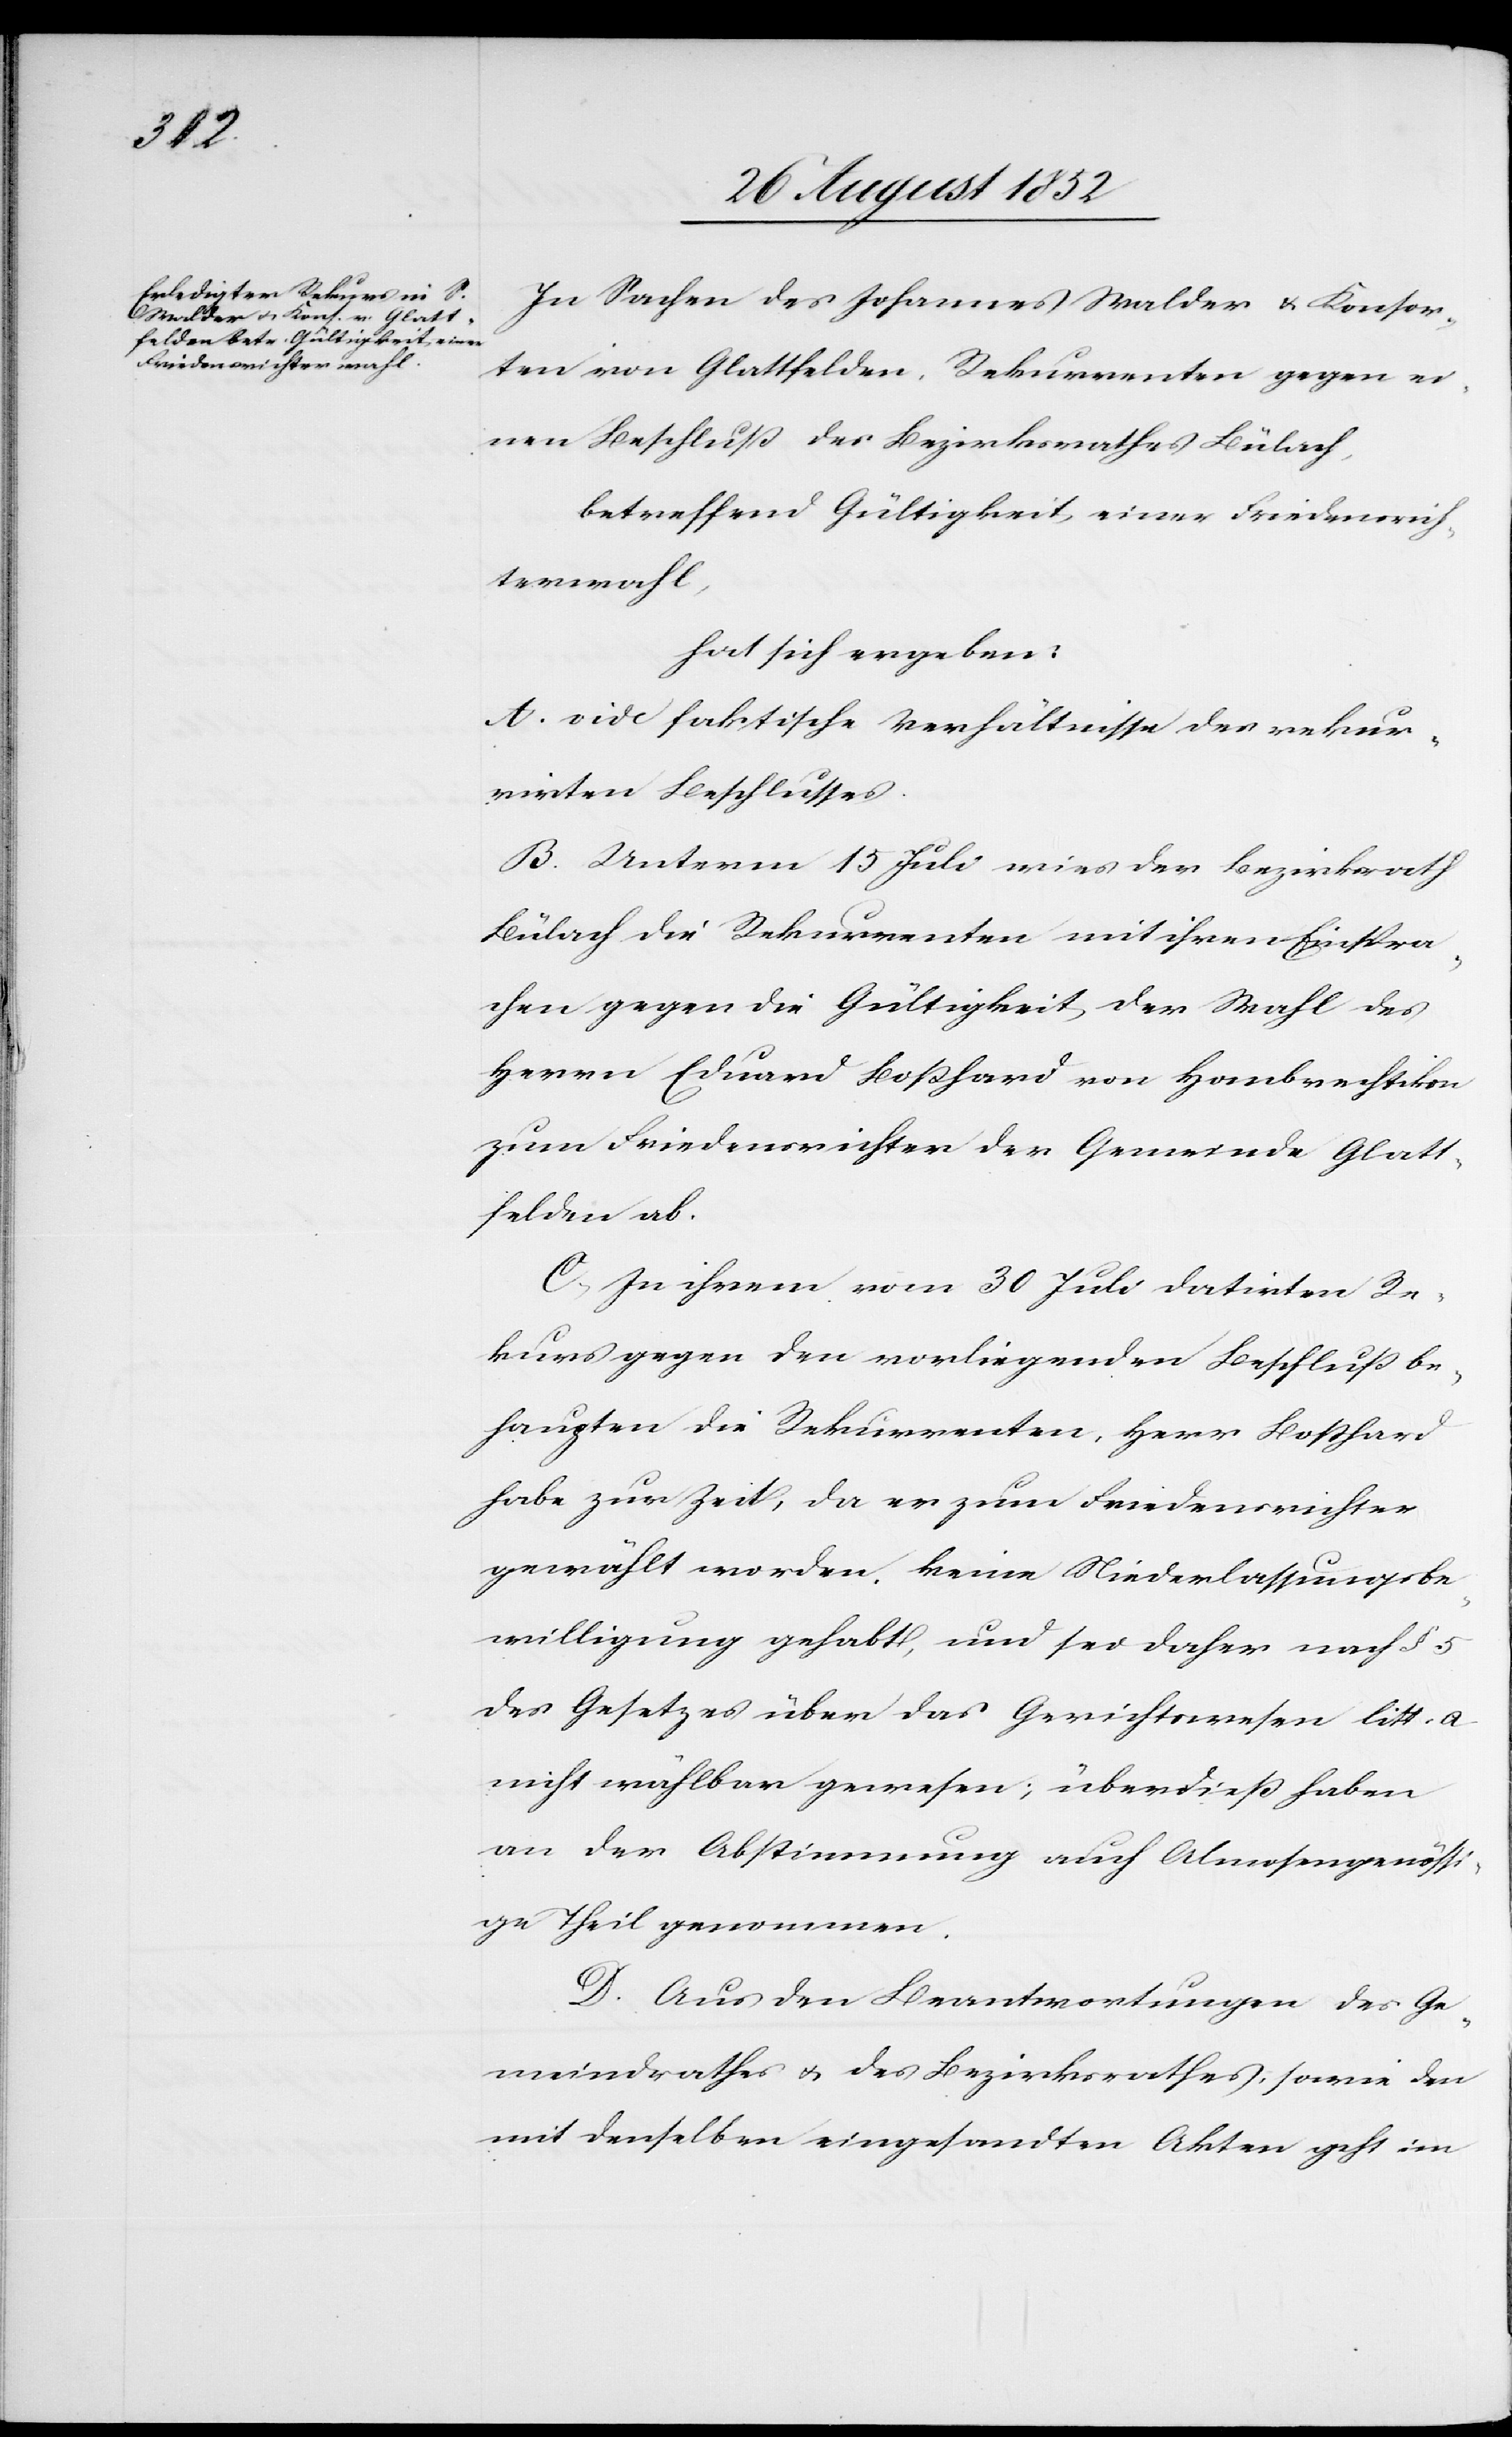
In Sachen des Johannes Walder & Konsor¬
ten von Glattfelden, Rekurrenten gegen ei¬
nen Beschluß des Bezirksrathes Bülach,
betreffend Gültigkeit einer Friedensrich¬
terwahl,
hat sich ergeben:
A. vide faktische Verhältnisse des rekur¬
rirten Beschlusses.
B. Unterm 15 Juli wies der Bezirksrath
Bülach die Rekurrenten mit ihren Einspra¬
chen gegen die Gültigkeit der Wahl des
Herrn Eduard Boßhard von Hombrechtikon
zum Friedensrichter der Gemeinde Glatt¬
felden ab.
C, In ihrem vom 30 Juli datirten Re¬
kurs gegen den vorliegenden Beschluß be¬
haupten die Rekurrenten, Herr Boßhard
habe zur Zeit, da er zum Friedensrichter
gewählt worden, keine Niederlassungsbe¬
willigung gehabt, und sei daher nach § 5
des Gesetzes über das Gerichtswesen litt. a
nicht wählbar gewesen; überdieß haben
an der Abstimmung auch Almosengenössi¬
ge Theil genommen.
D. Aus den Beantwortungen des Ge¬
meindrathes & des Bezirksrathes, sowie den
mit denselben eingesandten Akten geht im